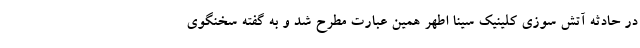
در حادثه آتش سوزی کلینیک سینا اطهر همین عبارت مطرح شد و به گفته سخنگوی